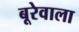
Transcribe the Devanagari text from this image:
बूरेवाला